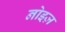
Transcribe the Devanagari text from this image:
नोइज़